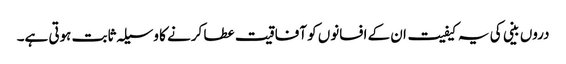
دروں بینی کی یہ کیفیت ان کے افسانوں کو آفاقیت عطا کرنے کا وسیلہ ثابت ہوتی ہے۔